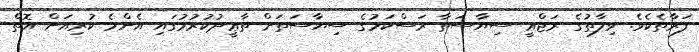
ފަރާތެކެވެ. ވިލާތުގެ ރަޖްޢީ ސިޔާސަތާ ރަސްކަމުގެ ސިޔާސަތަށް ތާޢީދުކުރުމުގައި އެންމެ ކުރިއަށް އޮތް